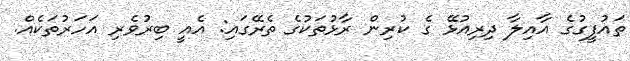
ތައުފީގުގެ އާއިލާ ދިރިއުޅޭ ގެ ކުރިން ރާޅުތަކުގެ ތެރޭގައި: އެއީ ބިރުވެރި އަހަރުތަކެއް.